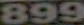
899